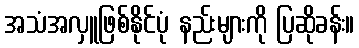
အသံအလှူဖြစ်နိုင်ပုံ နည်းများကို ပြဆိုခန်း။